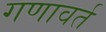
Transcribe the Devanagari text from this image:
गणावर्त